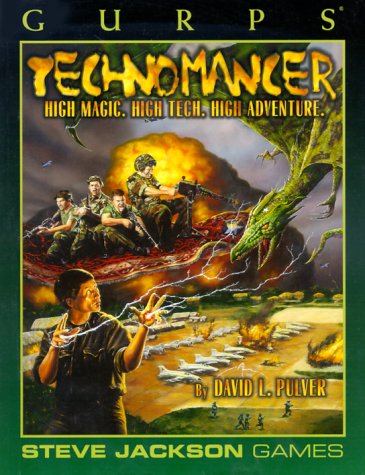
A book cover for Gurps Technomancer; David L. Pulver; Science Fiction & Fantasy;